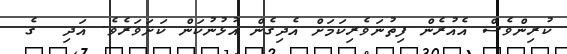
ކުރިންވެސް އެއުރެން ފިތުނަވެރިކަމަށް އެދިގެން އުޅުނުކަން ކަށަވަރެވެ. އަދި  ގެ